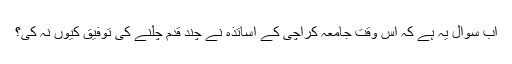
اب سوال یہ ہے کہ اس وقت جامعہ کراچی کے اساتذہ نے چند قدم چلنے کی توفیق کیوں نہ کی؟